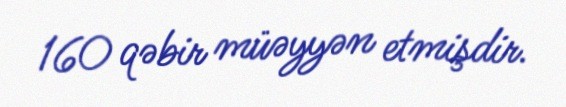
160 qəbir müəyyən etmişdir.